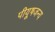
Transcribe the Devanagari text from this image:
पीयूषजन्य